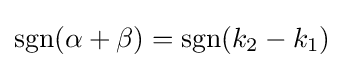
\operatorname {sgn}(\alpha +\beta )=\operatorname {sgn}(k_{2}-k_{1})